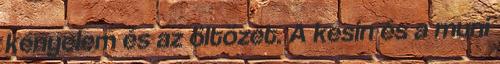
kényelem és az öltözet. A kesin és a muni